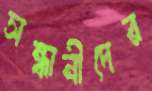
সন্ধানীদের